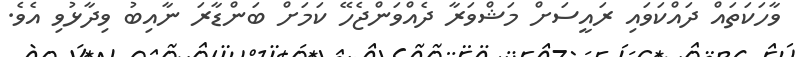
ވާހަކަތައް ދައްކަވައި ރައީސަށް މަޝްވަރާ ދެއްވަންޖެހޭ ކަމަށް ބަންޑާރަ ނާއިބު ވިދާޅުވި އެވެ.